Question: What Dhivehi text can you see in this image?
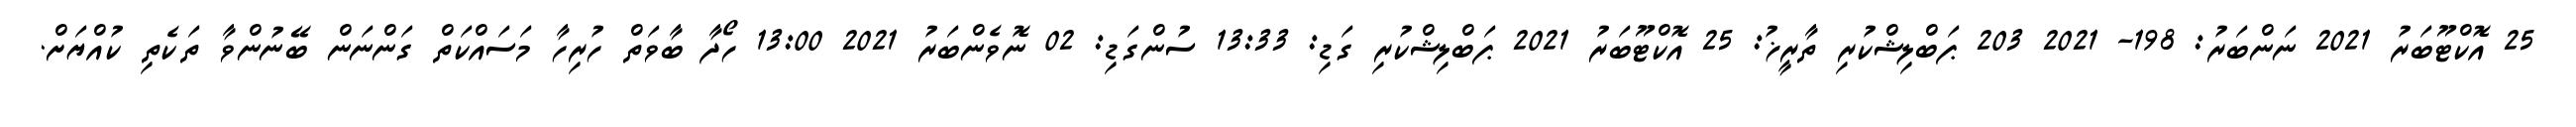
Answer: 25 އޮކްޓޫބަރު 2021 ނަންބަރު: 198- 2021 203 ޕަބްލިޝްކުރި ތާރީޚު: 25 އޮކްޓޫބަރު 2021 ޕަބްލިޝްކުރި ގަޑި: 13:33 ސުންގަޑި: 02 ނޮވެންބަރު 2021 13:00 ހޯދާ ބާވަތް ހުރިހާ މަސައްކަތް ގަންނަން ބޭނުންވާ ތަކެތި ކުއްޔަށް.